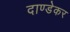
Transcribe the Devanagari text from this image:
दाण्डेकर